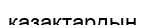
казақтардың